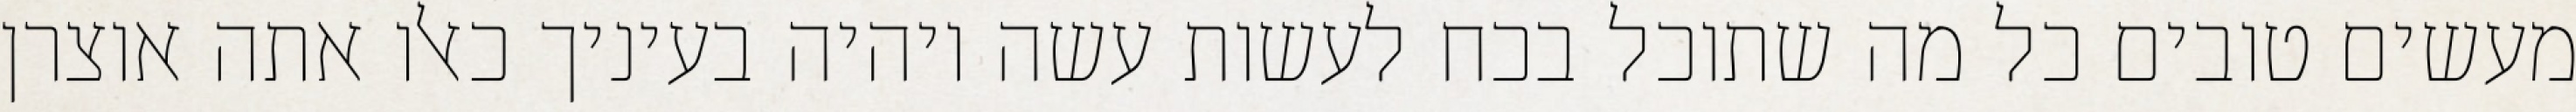
מעשים טובים כל מה שתוכל בכח לעשות עשה ויהיה בעיניך כאלו אתה אוצרן